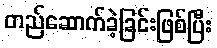
တည်ဆောက်ခဲ့ခြင်းဖြစ်ပြီး